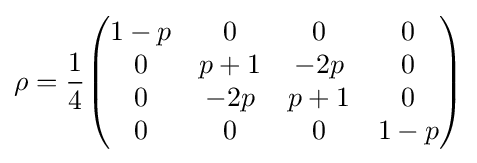
\rho ={\frac {1}{4}}{\begin{pmatrix}1-p&0&0&0\\0&p+1&-2p&0\\0&-2p&p+1&0\\0&0&0&1-p\end{pmatrix}}